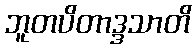
ဘူတပိတာဒ္ဒသာတိ